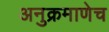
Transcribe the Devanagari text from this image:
अनुक्रमाणेच